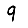
Digit: 9